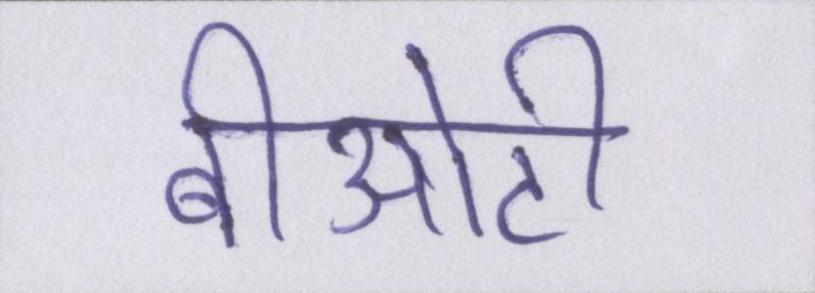
बीओटी